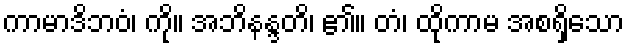
ကာမာဒိဘဝံ၊ ကို။ အဘိနန္ဒတိ၊ ၏။ တံ၊ ထိုကာမ အစရှိသော